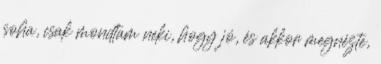
soha, csak mondtam neki, hogy jó, és akkor megnézte,